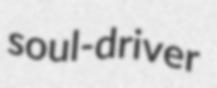
soul-driver